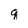
Character: q